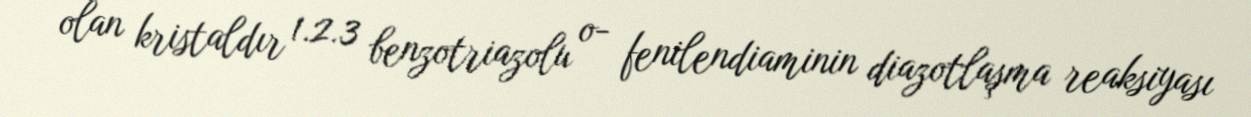
olan kristaldır 1.2.3 benzotriazolu o- fenilendiaminin diazotlaşma reaksiyası